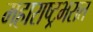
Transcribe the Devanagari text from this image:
महाराष्ट्रभरात